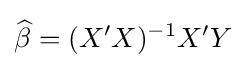
{\widehat {\beta }}=(X'X)^{-1}X'Y